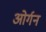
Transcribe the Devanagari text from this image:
ओर्गन